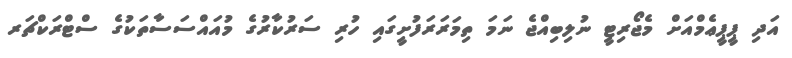
އަދި ޕީޕީޢެމްއަށް މެޖޯރިޓީ ނުލިބިއްޖެ ނަމަ ތިމަރަރަފުށީގައި ހުރި ސަރުކާރުގެ މުއައްސަސާތަކުގެ ސްޓްރަކްޗަރ